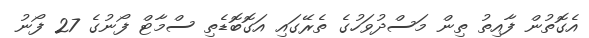
އެގޮތުން ފާއިތު ތިން މަސްދުވަހުގެ ތެރޭގައި އަގޮބޮޑެތި ސްމާޓް ފޯނުގެ 27 ފޯނު